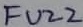
Text: FUZZ